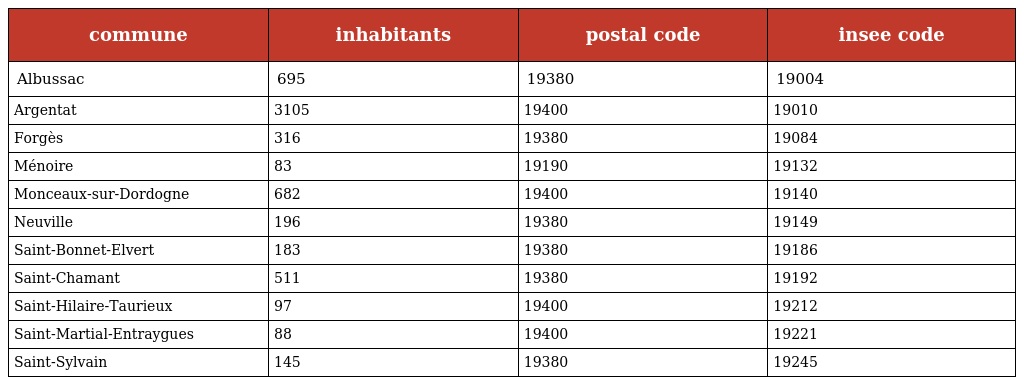
| commune | inhabitants | postal code | insee code |
 | --- | --- | --- | --- |
 | Albussac | 695 | 19380 | 19004 |
 | Argentat | 3105 | 19400 | 19010 |
 | Forgès | 316 | 19380 | 19084 |
 | Ménoire | 83 | 19190 | 19132 |
 | Monceaux-sur-Dordogne | 682 | 19400 | 19140 |
 | Neuville | 196 | 19380 | 19149 |
 | Saint-Bonnet-Elvert | 183 | 19380 | 19186 |
 | Saint-Chamant | 511 | 19380 | 19192 |
 | Saint-Hilaire-Taurieux | 97 | 19400 | 19212 |
 | Saint-Martial-Entraygues | 88 | 19400 | 19221 |
 | Saint-Sylvain | 145 | 19380 | 19245 |